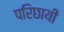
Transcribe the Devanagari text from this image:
परिछायी